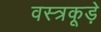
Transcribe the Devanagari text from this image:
वस्त्रकूड़े